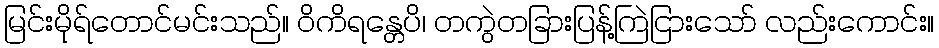
မြင်းမိုရ်တောင်မင်းသည်။ ဝိကိရန္တေပိ၊ တကွဲတခြားပြန့်ကြဲငြားသော် လည်းကောင်း။